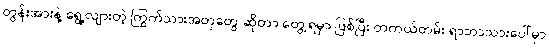
တွန်းအားနဲ့ ရွေ့လျားတဲ့ ကြွက်သားအတုတွေ ဆိုတာ တွေ့ရမှာ ဖြစ်ပြီး တကယ်တမ်း ရာဘာသားပေါ်မှာ